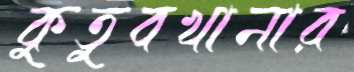
কুতুবখানার